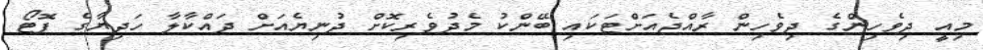
މިއީ ދިވެހިންގެ ދިވެހިން ރާއްޖެއަށްޓަކައި ބޭންކު މެދުވެރިކޮށް ދުނިޔެއަށް ދައްކާލާ ހަދިޔާގެ ފޮޓޯ